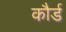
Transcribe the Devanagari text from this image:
कौर्ड